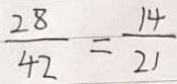
\frac { 2 8 } { 4 2 } = \frac { 1 4 } { 2 1 }